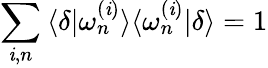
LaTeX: \sum_{\mathit{i},n}\: \langle\delta|\omega_{n}^{(\mathit{i})}\rangle\langle\omega_{n}^{(\mathit{i})}|\delta\rangle=1